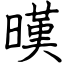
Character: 暵